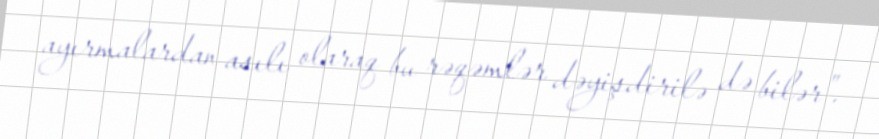
ayırmalardan asılı olaraq bu rəqəmlər dəyişdirilə də bilər”.